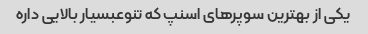
یکی از بهترین سوپر‌های اسنپ که تنوعبسیار بالایی داره